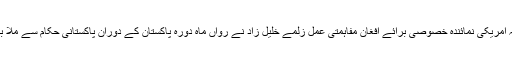
افغان میڈیا نے اپنے ذرائع سے بتایا ہے کہ امریکی نمائندۂ خصوصی برائے افغان مفاہمتی عمل زلمے خلیل زاد نے رواں ماہ دورۂ پاکستان کے دوران پاکستانی حکام سے ملا برادر کو رہا کرنے کی درخواست کی تھی۔